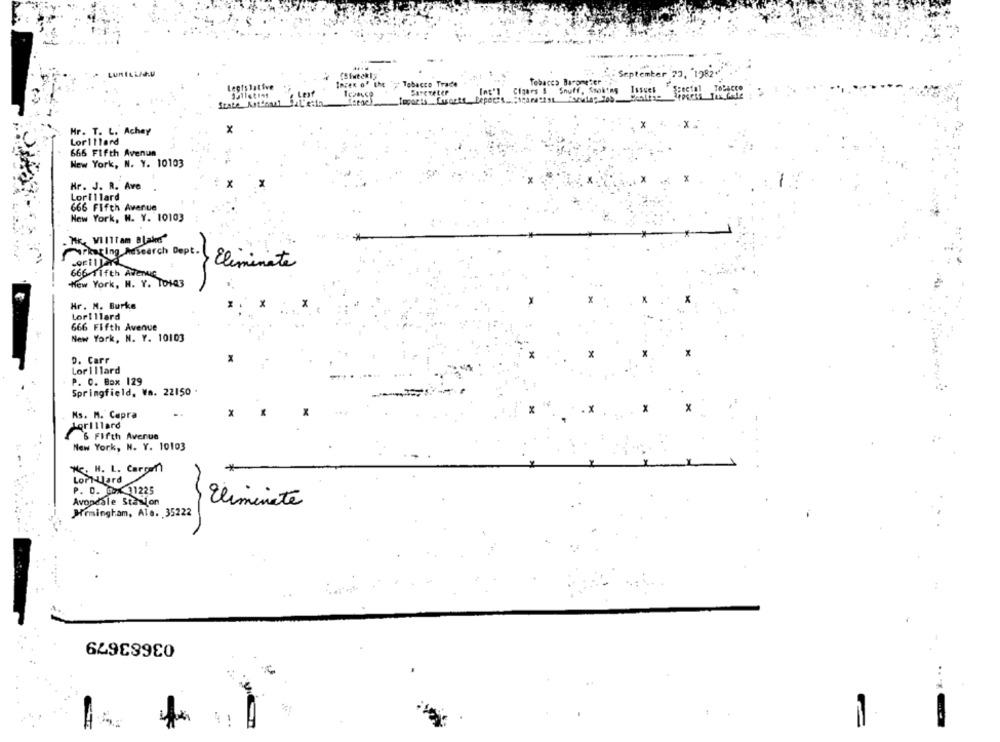
: September 73, "1982"""
Inzer of the y Tabacco Trade
Tobacco Barometer-
Legislative
Ing'] Cigars & Snuff, Smoking Issues
" Special Tobacco
Seat
SATCTELEP
State Kotdann! JaL'e:in
X .
Mr. T. L. Achey
x
Lorillard
666 Fifth Avenue
New York, N. Y. 10103
Hr. J. R. Ave .
Lorillard
666 Fifth Avenue
New York, N. Y. 10103
.HE, WIIlTam Blake"
rating Research Dept.
Eliminate
666 fifth Avenue
New York, H. Y. To103
Hr. M. Burke
Lorillard
666 Fifth Avenue
New York, N. Y. 10103
D. Carr
Lor illard
P. C. Box 129
Springfield, Va. 22150 .
Ns. M. Capra
Lorillard
S Fifth Avenue
New York, N. Y. 10103
H. H. L. Cargar)
LoPT-Ulard
P. D. 00x 31225
Avondale Station
Eliminate
Hrmingham, Ale. 35222
03683679